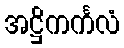
အဋ္ဌိကင်္ကလံ